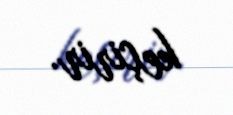
keçirir.